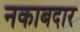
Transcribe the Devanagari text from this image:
नकाबदार